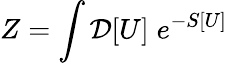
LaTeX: Z=\int{}{\cal D}[U]\; e^{-S[U]}